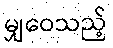
မျှဝေသည့်